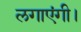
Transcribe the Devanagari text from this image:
लगाएंगी।